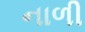
નાળી